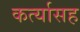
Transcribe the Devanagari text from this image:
कर्त्यासह